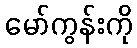
မော်ကွန်းကို